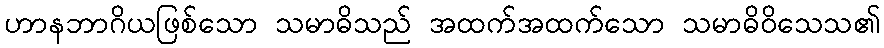
ဟာနဘာဂိယဖြစ်သော သမာဓိသည် အထက်အထက်သော သမာဓိဝိသေသ၏